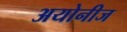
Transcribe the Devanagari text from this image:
अयोनीज